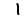
Digit: 1